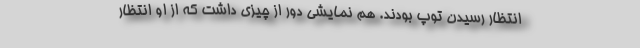
انتظار رسیدن توپ بودند. هم نمایشی دور از چیزی داشت که از او انتظار